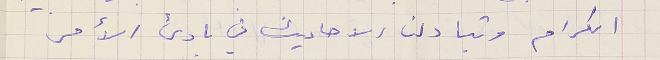
الكرام وتبادلنا الاحاديث فى بادىء الأمر